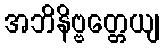
အဘိနိဗ္ဗတ္တေယျ